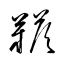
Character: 鞳